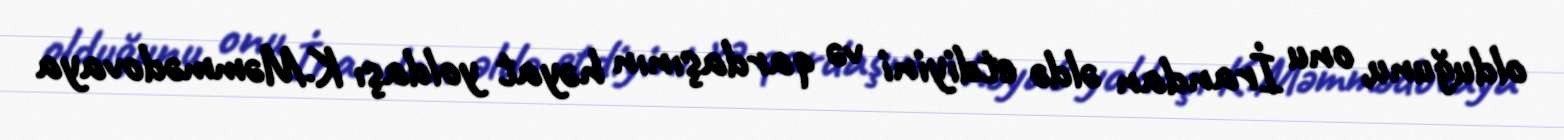
olduğunu, onu İrandan əldə etdiyini və qardaşının həyat yoldaşı K.Məmmədovaya